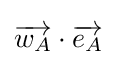
{\overrightarrow {w_{A}}}\cdot {\overrightarrow {e_{A}}}